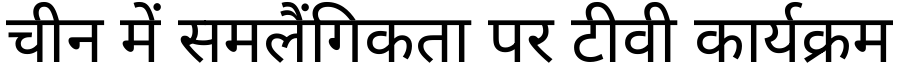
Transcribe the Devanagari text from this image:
चीन में समलैंगिकता पर टीवी कार्यक्रम